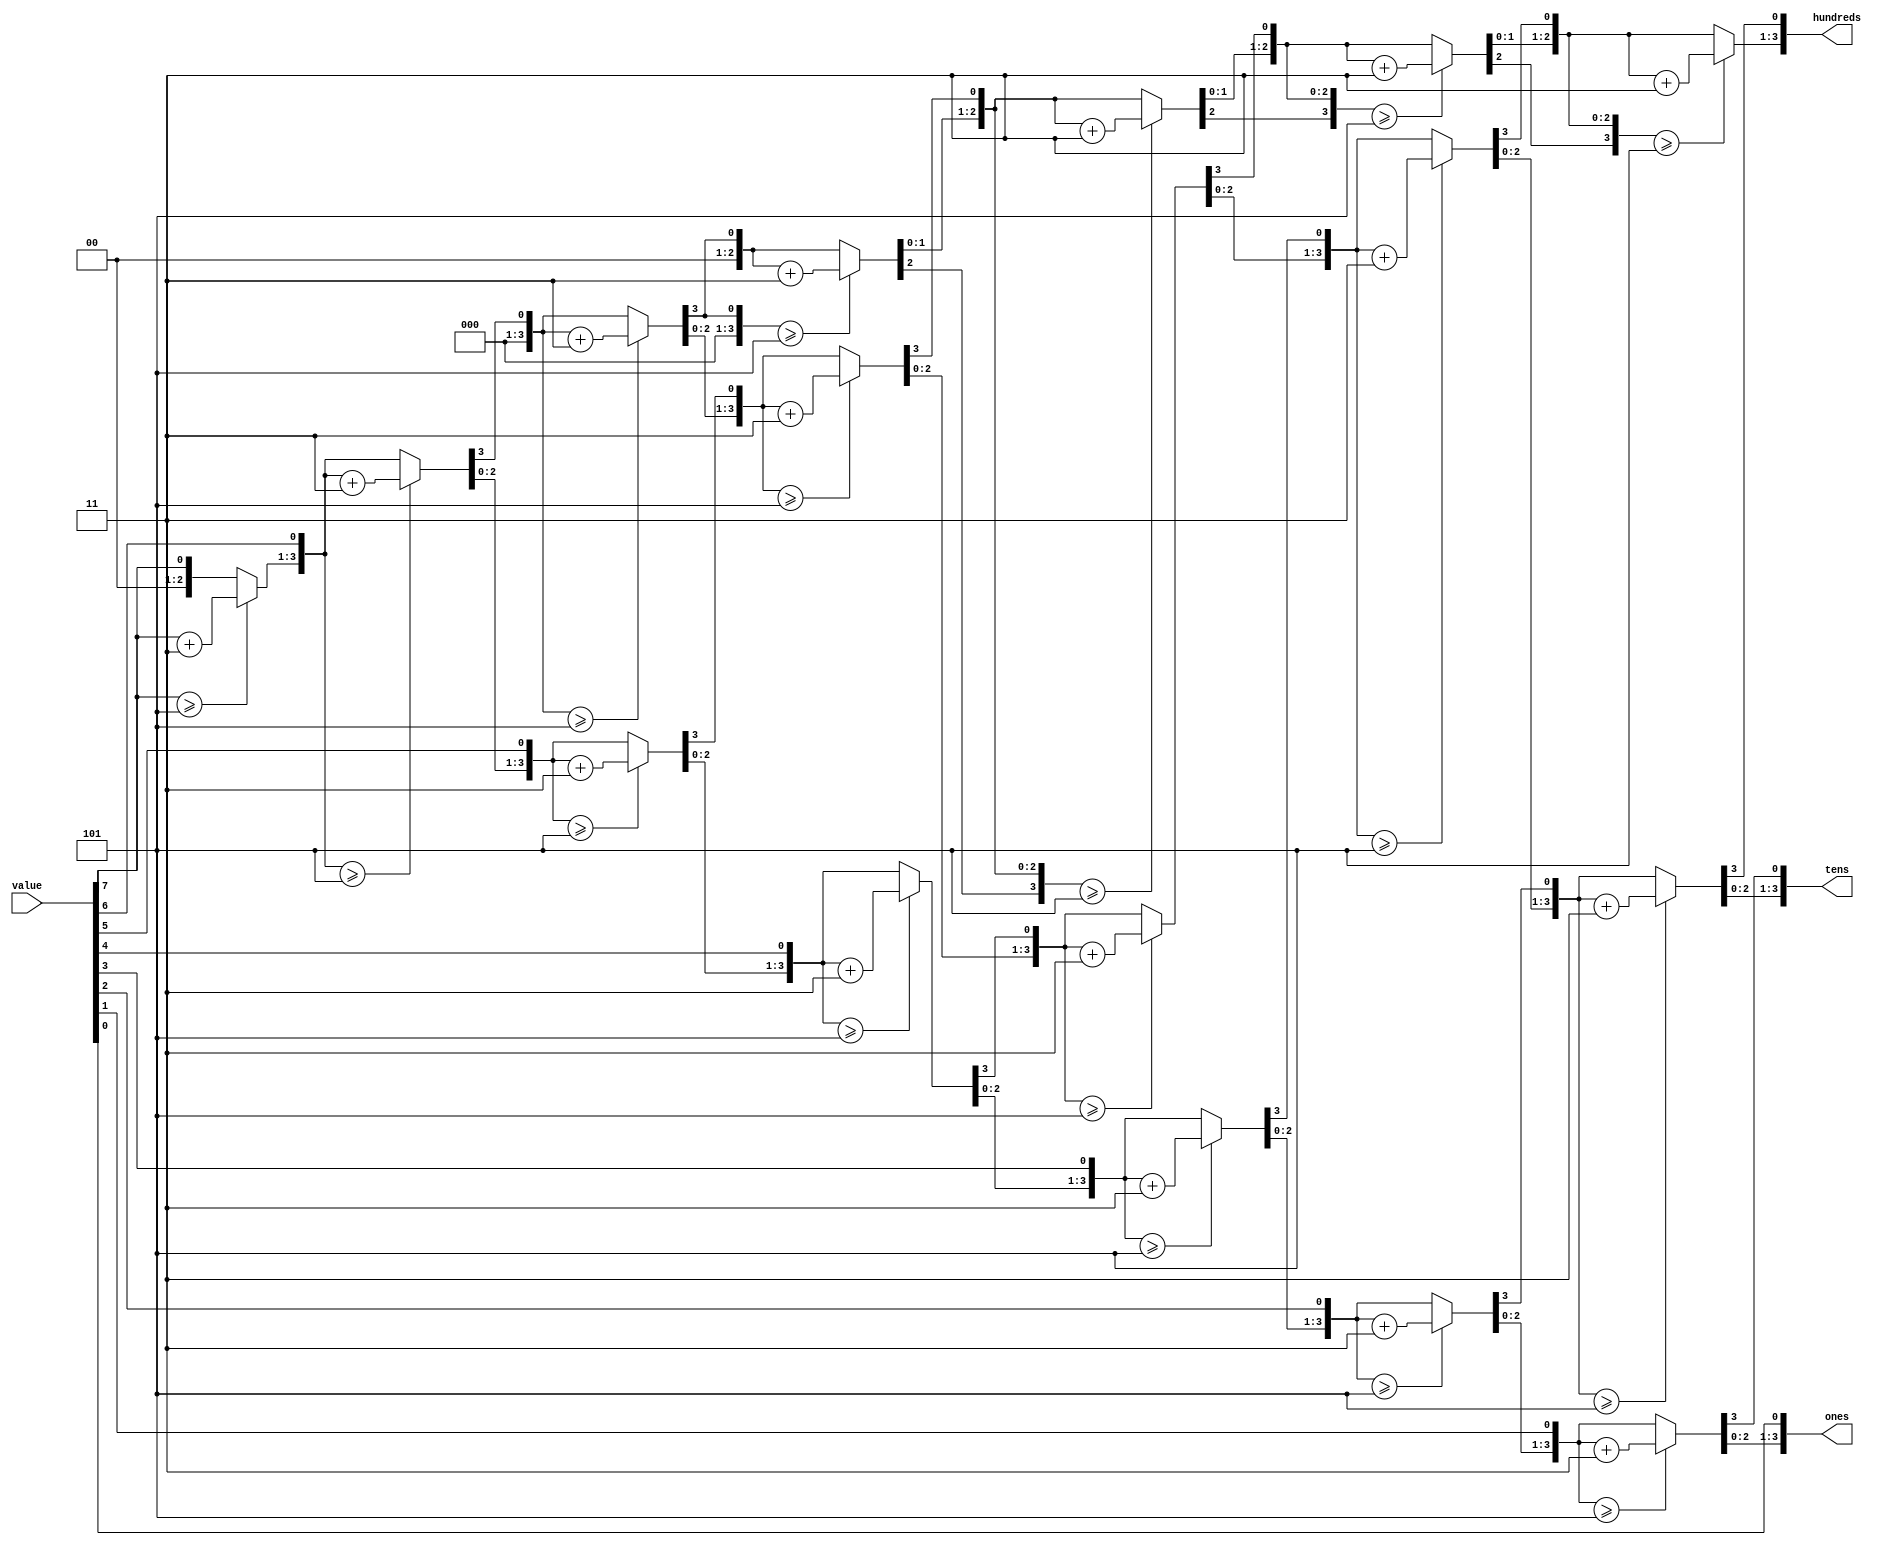
/* Machine-generated using Migen */
module bcd(
	input [7:0] value,
	output [3:0] hundreds,
	output [3:0] tens,
	output [3:0] ones
);

reg [3:0] hundreds1 = 4'd0;
reg [3:0] tens1 = 4'd0;
reg [3:0] ones1 = 4'd0;
reg [3:0] hundreds2;
reg [3:0] tens2;
reg [3:0] ones2;
reg [3:0] next_hundreds0;
reg [3:0] next_tens0;
reg [3:0] next_ones0;
reg [3:0] hundreds3;
reg [3:0] tens3;
reg [3:0] ones3;
reg [3:0] next_hundreds1;
reg [3:0] next_tens1;
reg [3:0] next_ones1;
reg [3:0] hundreds4;
reg [3:0] tens4;
reg [3:0] ones4;
reg [3:0] next_hundreds2;
reg [3:0] next_tens2;
reg [3:0] next_ones2;
reg [3:0] hundreds5;
reg [3:0] tens5;
reg [3:0] ones5;
reg [3:0] next_hundreds3;
reg [3:0] next_tens3;
reg [3:0] next_ones3;
reg [3:0] hundreds6;
reg [3:0] tens6;
reg [3:0] ones6;
reg [3:0] next_hundreds4;
reg [3:0] next_tens4;
reg [3:0] next_ones4;
reg [3:0] hundreds7;
reg [3:0] tens7;
reg [3:0] ones7;
reg [3:0] next_hundreds5;
reg [3:0] next_tens5;
reg [3:0] next_ones5;
reg [3:0] hundreds8;
reg [3:0] tens8;
reg [3:0] ones8;
reg [3:0] next_hundreds6;
reg [3:0] next_tens6;
reg [3:0] next_ones6;
reg [3:0] hundreds9;
reg [3:0] tens9;
reg [3:0] ones9;
reg [3:0] next_hundreds7;
reg [3:0] next_tens7;
reg [3:0] next_ones7;

// synthesis translate_off
reg dummy_s;
initial dummy_s <= 1'd0;
// synthesis translate_on


// synthesis translate_off
reg dummy_d;
// synthesis translate_on
always @(*) begin
	hundreds2 <= 4'd0;
	hundreds2 <= hundreds1;
	if ((hundreds1 >= 3'd5)) begin
		hundreds2 <= (hundreds1 + 2'd3);
	end else begin
		hundreds2 <= hundreds1;
	end
// synthesis translate_off
	dummy_d <= dummy_s;
// synthesis translate_on
end

// synthesis translate_off
reg dummy_d_1;
// synthesis translate_on
always @(*) begin
	tens2 <= 4'd0;
	tens2 <= tens1;
	if ((tens1 >= 3'd5)) begin
		tens2 <= (tens1 + 2'd3);
	end else begin
		tens2 <= tens1;
	end
// synthesis translate_off
	dummy_d_1 <= dummy_s;
// synthesis translate_on
end

// synthesis translate_off
reg dummy_d_2;
// synthesis translate_on
always @(*) begin
	ones2 <= 4'd0;
	ones2 <= ones1;
	if ((ones1 >= 3'd5)) begin
		ones2 <= (ones1 + 2'd3);
	end else begin
		ones2 <= ones1;
	end
// synthesis translate_off
	dummy_d_2 <= dummy_s;
// synthesis translate_on
end

// synthesis translate_off
reg dummy_d_3;
// synthesis translate_on
always @(*) begin
	next_hundreds0 <= 4'd0;
	next_hundreds0[3:1] <= hundreds2;
	next_hundreds0[0] <= tens2[3];
// synthesis translate_off
	dummy_d_3 <= dummy_s;
// synthesis translate_on
end

// synthesis translate_off
reg dummy_d_4;
// synthesis translate_on
always @(*) begin
	next_tens0 <= 4'd0;
	next_tens0[3:1] <= tens2;
	next_tens0[0] <= ones2[3];
// synthesis translate_off
	dummy_d_4 <= dummy_s;
// synthesis translate_on
end

// synthesis translate_off
reg dummy_d_5;
// synthesis translate_on
always @(*) begin
	next_ones0 <= 4'd0;
	next_ones0[3:1] <= ones2;
	next_ones0[0] <= value[7];
// synthesis translate_off
	dummy_d_5 <= dummy_s;
// synthesis translate_on
end

// synthesis translate_off
reg dummy_d_6;
// synthesis translate_on
always @(*) begin
	hundreds3 <= 4'd0;
	hundreds3 <= next_hundreds0;
	if ((next_hundreds0 >= 3'd5)) begin
		hundreds3 <= (next_hundreds0 + 2'd3);
	end else begin
		hundreds3 <= next_hundreds0;
	end
// synthesis translate_off
	dummy_d_6 <= dummy_s;
// synthesis translate_on
end

// synthesis translate_off
reg dummy_d_7;
// synthesis translate_on
always @(*) begin
	tens3 <= 4'd0;
	tens3 <= next_tens0;
	if ((next_tens0 >= 3'd5)) begin
		tens3 <= (next_tens0 + 2'd3);
	end else begin
		tens3 <= next_tens0;
	end
// synthesis translate_off
	dummy_d_7 <= dummy_s;
// synthesis translate_on
end

// synthesis translate_off
reg dummy_d_8;
// synthesis translate_on
always @(*) begin
	ones3 <= 4'd0;
	ones3 <= next_ones0;
	if ((next_ones0 >= 3'd5)) begin
		ones3 <= (next_ones0 + 2'd3);
	end else begin
		ones3 <= next_ones0;
	end
// synthesis translate_off
	dummy_d_8 <= dummy_s;
// synthesis translate_on
end

// synthesis translate_off
reg dummy_d_9;
// synthesis translate_on
always @(*) begin
	next_hundreds1 <= 4'd0;
	next_hundreds1[3:1] <= hundreds3;
	next_hundreds1[0] <= tens3[3];
// synthesis translate_off
	dummy_d_9 <= dummy_s;
// synthesis translate_on
end

// synthesis translate_off
reg dummy_d_10;
// synthesis translate_on
always @(*) begin
	next_tens1 <= 4'd0;
	next_tens1[3:1] <= tens3;
	next_tens1[0] <= ones3[3];
// synthesis translate_off
	dummy_d_10 <= dummy_s;
// synthesis translate_on
end

// synthesis translate_off
reg dummy_d_11;
// synthesis translate_on
always @(*) begin
	next_ones1 <= 4'd0;
	next_ones1[3:1] <= ones3;
	next_ones1[0] <= value[6];
// synthesis translate_off
	dummy_d_11 <= dummy_s;
// synthesis translate_on
end

// synthesis translate_off
reg dummy_d_12;
// synthesis translate_on
always @(*) begin
	hundreds4 <= 4'd0;
	hundreds4 <= next_hundreds1;
	if ((next_hundreds1 >= 3'd5)) begin
		hundreds4 <= (next_hundreds1 + 2'd3);
	end else begin
		hundreds4 <= next_hundreds1;
	end
// synthesis translate_off
	dummy_d_12 <= dummy_s;
// synthesis translate_on
end

// synthesis translate_off
reg dummy_d_13;
// synthesis translate_on
always @(*) begin
	tens4 <= 4'd0;
	tens4 <= next_tens1;
	if ((next_tens1 >= 3'd5)) begin
		tens4 <= (next_tens1 + 2'd3);
	end else begin
		tens4 <= next_tens1;
	end
// synthesis translate_off
	dummy_d_13 <= dummy_s;
// synthesis translate_on
end

// synthesis translate_off
reg dummy_d_14;
// synthesis translate_on
always @(*) begin
	ones4 <= 4'd0;
	ones4 <= next_ones1;
	if ((next_ones1 >= 3'd5)) begin
		ones4 <= (next_ones1 + 2'd3);
	end else begin
		ones4 <= next_ones1;
	end
// synthesis translate_off
	dummy_d_14 <= dummy_s;
// synthesis translate_on
end

// synthesis translate_off
reg dummy_d_15;
// synthesis translate_on
always @(*) begin
	next_hundreds2 <= 4'd0;
	next_hundreds2[3:1] <= hundreds4;
	next_hundreds2[0] <= tens4[3];
// synthesis translate_off
	dummy_d_15 <= dummy_s;
// synthesis translate_on
end

// synthesis translate_off
reg dummy_d_16;
// synthesis translate_on
always @(*) begin
	next_tens2 <= 4'd0;
	next_tens2[3:1] <= tens4;
	next_tens2[0] <= ones4[3];
// synthesis translate_off
	dummy_d_16 <= dummy_s;
// synthesis translate_on
end

// synthesis translate_off
reg dummy_d_17;
// synthesis translate_on
always @(*) begin
	next_ones2 <= 4'd0;
	next_ones2[3:1] <= ones4;
	next_ones2[0] <= value[5];
// synthesis translate_off
	dummy_d_17 <= dummy_s;
// synthesis translate_on
end

// synthesis translate_off
reg dummy_d_18;
// synthesis translate_on
always @(*) begin
	hundreds5 <= 4'd0;
	hundreds5 <= next_hundreds2;
	if ((next_hundreds2 >= 3'd5)) begin
		hundreds5 <= (next_hundreds2 + 2'd3);
	end else begin
		hundreds5 <= next_hundreds2;
	end
// synthesis translate_off
	dummy_d_18 <= dummy_s;
// synthesis translate_on
end

// synthesis translate_off
reg dummy_d_19;
// synthesis translate_on
always @(*) begin
	tens5 <= 4'd0;
	tens5 <= next_tens2;
	if ((next_tens2 >= 3'd5)) begin
		tens5 <= (next_tens2 + 2'd3);
	end else begin
		tens5 <= next_tens2;
	end
// synthesis translate_off
	dummy_d_19 <= dummy_s;
// synthesis translate_on
end

// synthesis translate_off
reg dummy_d_20;
// synthesis translate_on
always @(*) begin
	ones5 <= 4'd0;
	ones5 <= next_ones2;
	if ((next_ones2 >= 3'd5)) begin
		ones5 <= (next_ones2 + 2'd3);
	end else begin
		ones5 <= next_ones2;
	end
// synthesis translate_off
	dummy_d_20 <= dummy_s;
// synthesis translate_on
end

// synthesis translate_off
reg dummy_d_21;
// synthesis translate_on
always @(*) begin
	next_hundreds3 <= 4'd0;
	next_hundreds3[3:1] <= hundreds5;
	next_hundreds3[0] <= tens5[3];
// synthesis translate_off
	dummy_d_21 <= dummy_s;
// synthesis translate_on
end

// synthesis translate_off
reg dummy_d_22;
// synthesis translate_on
always @(*) begin
	next_tens3 <= 4'd0;
	next_tens3[3:1] <= tens5;
	next_tens3[0] <= ones5[3];
// synthesis translate_off
	dummy_d_22 <= dummy_s;
// synthesis translate_on
end

// synthesis translate_off
reg dummy_d_23;
// synthesis translate_on
always @(*) begin
	next_ones3 <= 4'd0;
	next_ones3[3:1] <= ones5;
	next_ones3[0] <= value[4];
// synthesis translate_off
	dummy_d_23 <= dummy_s;
// synthesis translate_on
end

// synthesis translate_off
reg dummy_d_24;
// synthesis translate_on
always @(*) begin
	hundreds6 <= 4'd0;
	hundreds6 <= next_hundreds3;
	if ((next_hundreds3 >= 3'd5)) begin
		hundreds6 <= (next_hundreds3 + 2'd3);
	end else begin
		hundreds6 <= next_hundreds3;
	end
// synthesis translate_off
	dummy_d_24 <= dummy_s;
// synthesis translate_on
end

// synthesis translate_off
reg dummy_d_25;
// synthesis translate_on
always @(*) begin
	tens6 <= 4'd0;
	tens6 <= next_tens3;
	if ((next_tens3 >= 3'd5)) begin
		tens6 <= (next_tens3 + 2'd3);
	end else begin
		tens6 <= next_tens3;
	end
// synthesis translate_off
	dummy_d_25 <= dummy_s;
// synthesis translate_on
end

// synthesis translate_off
reg dummy_d_26;
// synthesis translate_on
always @(*) begin
	ones6 <= 4'd0;
	ones6 <= next_ones3;
	if ((next_ones3 >= 3'd5)) begin
		ones6 <= (next_ones3 + 2'd3);
	end else begin
		ones6 <= next_ones3;
	end
// synthesis translate_off
	dummy_d_26 <= dummy_s;
// synthesis translate_on
end

// synthesis translate_off
reg dummy_d_27;
// synthesis translate_on
always @(*) begin
	next_hundreds4 <= 4'd0;
	next_hundreds4[3:1] <= hundreds6;
	next_hundreds4[0] <= tens6[3];
// synthesis translate_off
	dummy_d_27 <= dummy_s;
// synthesis translate_on
end

// synthesis translate_off
reg dummy_d_28;
// synthesis translate_on
always @(*) begin
	next_tens4 <= 4'd0;
	next_tens4[3:1] <= tens6;
	next_tens4[0] <= ones6[3];
// synthesis translate_off
	dummy_d_28 <= dummy_s;
// synthesis translate_on
end

// synthesis translate_off
reg dummy_d_29;
// synthesis translate_on
always @(*) begin
	next_ones4 <= 4'd0;
	next_ones4[3:1] <= ones6;
	next_ones4[0] <= value[3];
// synthesis translate_off
	dummy_d_29 <= dummy_s;
// synthesis translate_on
end

// synthesis translate_off
reg dummy_d_30;
// synthesis translate_on
always @(*) begin
	hundreds7 <= 4'd0;
	hundreds7 <= next_hundreds4;
	if ((next_hundreds4 >= 3'd5)) begin
		hundreds7 <= (next_hundreds4 + 2'd3);
	end else begin
		hundreds7 <= next_hundreds4;
	end
// synthesis translate_off
	dummy_d_30 <= dummy_s;
// synthesis translate_on
end

// synthesis translate_off
reg dummy_d_31;
// synthesis translate_on
always @(*) begin
	tens7 <= 4'd0;
	tens7 <= next_tens4;
	if ((next_tens4 >= 3'd5)) begin
		tens7 <= (next_tens4 + 2'd3);
	end else begin
		tens7 <= next_tens4;
	end
// synthesis translate_off
	dummy_d_31 <= dummy_s;
// synthesis translate_on
end

// synthesis translate_off
reg dummy_d_32;
// synthesis translate_on
always @(*) begin
	ones7 <= 4'd0;
	ones7 <= next_ones4;
	if ((next_ones4 >= 3'd5)) begin
		ones7 <= (next_ones4 + 2'd3);
	end else begin
		ones7 <= next_ones4;
	end
// synthesis translate_off
	dummy_d_32 <= dummy_s;
// synthesis translate_on
end

// synthesis translate_off
reg dummy_d_33;
// synthesis translate_on
always @(*) begin
	next_hundreds5 <= 4'd0;
	next_hundreds5[3:1] <= hundreds7;
	next_hundreds5[0] <= tens7[3];
// synthesis translate_off
	dummy_d_33 <= dummy_s;
// synthesis translate_on
end

// synthesis translate_off
reg dummy_d_34;
// synthesis translate_on
always @(*) begin
	next_tens5 <= 4'd0;
	next_tens5[3:1] <= tens7;
	next_tens5[0] <= ones7[3];
// synthesis translate_off
	dummy_d_34 <= dummy_s;
// synthesis translate_on
end

// synthesis translate_off
reg dummy_d_35;
// synthesis translate_on
always @(*) begin
	next_ones5 <= 4'd0;
	next_ones5[3:1] <= ones7;
	next_ones5[0] <= value[2];
// synthesis translate_off
	dummy_d_35 <= dummy_s;
// synthesis translate_on
end

// synthesis translate_off
reg dummy_d_36;
// synthesis translate_on
always @(*) begin
	hundreds8 <= 4'd0;
	hundreds8 <= next_hundreds5;
	if ((next_hundreds5 >= 3'd5)) begin
		hundreds8 <= (next_hundreds5 + 2'd3);
	end else begin
		hundreds8 <= next_hundreds5;
	end
// synthesis translate_off
	dummy_d_36 <= dummy_s;
// synthesis translate_on
end

// synthesis translate_off
reg dummy_d_37;
// synthesis translate_on
always @(*) begin
	tens8 <= 4'd0;
	tens8 <= next_tens5;
	if ((next_tens5 >= 3'd5)) begin
		tens8 <= (next_tens5 + 2'd3);
	end else begin
		tens8 <= next_tens5;
	end
// synthesis translate_off
	dummy_d_37 <= dummy_s;
// synthesis translate_on
end

// synthesis translate_off
reg dummy_d_38;
// synthesis translate_on
always @(*) begin
	ones8 <= 4'd0;
	ones8 <= next_ones5;
	if ((next_ones5 >= 3'd5)) begin
		ones8 <= (next_ones5 + 2'd3);
	end else begin
		ones8 <= next_ones5;
	end
// synthesis translate_off
	dummy_d_38 <= dummy_s;
// synthesis translate_on
end

// synthesis translate_off
reg dummy_d_39;
// synthesis translate_on
always @(*) begin
	next_hundreds6 <= 4'd0;
	next_hundreds6[3:1] <= hundreds8;
	next_hundreds6[0] <= tens8[3];
// synthesis translate_off
	dummy_d_39 <= dummy_s;
// synthesis translate_on
end

// synthesis translate_off
reg dummy_d_40;
// synthesis translate_on
always @(*) begin
	next_tens6 <= 4'd0;
	next_tens6[3:1] <= tens8;
	next_tens6[0] <= ones8[3];
// synthesis translate_off
	dummy_d_40 <= dummy_s;
// synthesis translate_on
end

// synthesis translate_off
reg dummy_d_41;
// synthesis translate_on
always @(*) begin
	next_ones6 <= 4'd0;
	next_ones6[3:1] <= ones8;
	next_ones6[0] <= value[1];
// synthesis translate_off
	dummy_d_41 <= dummy_s;
// synthesis translate_on
end

// synthesis translate_off
reg dummy_d_42;
// synthesis translate_on
always @(*) begin
	hundreds9 <= 4'd0;
	hundreds9 <= next_hundreds6;
	if ((next_hundreds6 >= 3'd5)) begin
		hundreds9 <= (next_hundreds6 + 2'd3);
	end else begin
		hundreds9 <= next_hundreds6;
	end
// synthesis translate_off
	dummy_d_42 <= dummy_s;
// synthesis translate_on
end

// synthesis translate_off
reg dummy_d_43;
// synthesis translate_on
always @(*) begin
	tens9 <= 4'd0;
	tens9 <= next_tens6;
	if ((next_tens6 >= 3'd5)) begin
		tens9 <= (next_tens6 + 2'd3);
	end else begin
		tens9 <= next_tens6;
	end
// synthesis translate_off
	dummy_d_43 <= dummy_s;
// synthesis translate_on
end

// synthesis translate_off
reg dummy_d_44;
// synthesis translate_on
always @(*) begin
	ones9 <= 4'd0;
	ones9 <= next_ones6;
	if ((next_ones6 >= 3'd5)) begin
		ones9 <= (next_ones6 + 2'd3);
	end else begin
		ones9 <= next_ones6;
	end
// synthesis translate_off
	dummy_d_44 <= dummy_s;
// synthesis translate_on
end

// synthesis translate_off
reg dummy_d_45;
// synthesis translate_on
always @(*) begin
	next_hundreds7 <= 4'd0;
	next_hundreds7[3:1] <= hundreds9;
	next_hundreds7[0] <= tens9[3];
// synthesis translate_off
	dummy_d_45 <= dummy_s;
// synthesis translate_on
end

// synthesis translate_off
reg dummy_d_46;
// synthesis translate_on
always @(*) begin
	next_tens7 <= 4'd0;
	next_tens7[3:1] <= tens9;
	next_tens7[0] <= ones9[3];
// synthesis translate_off
	dummy_d_46 <= dummy_s;
// synthesis translate_on
end

// synthesis translate_off
reg dummy_d_47;
// synthesis translate_on
always @(*) begin
	next_ones7 <= 4'd0;
	next_ones7[3:1] <= ones9;
	next_ones7[0] <= value[0];
// synthesis translate_off
	dummy_d_47 <= dummy_s;
// synthesis translate_on
end
assign hundreds = next_hundreds7;
assign tens = next_tens7;
assign ones = next_ones7;

endmodule